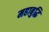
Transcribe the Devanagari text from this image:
महाबुद्धि